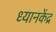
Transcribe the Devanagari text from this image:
ध्यानकेंद्र